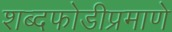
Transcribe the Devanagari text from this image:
शब्दफोडीप्रमाणे